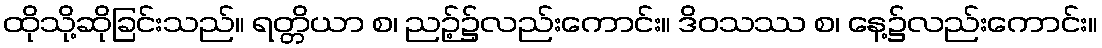
ထိုသို့ဆိုခြင်းသည်။ ရတ္တိယာ စ၊ ညဉ့်၌လည်းကောင်း။ ဒိဝသဿ စ၊ နေ့၌လည်းကောင်း။